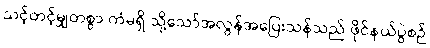
သင့်တင့်မျှတစွာ ကံမရှိ သို့သော်အလွန်အပြေးသန်သည် ဖိုင်နယ်ပွဲစဉ်